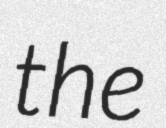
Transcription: the